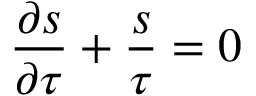
\frac { \partial s } { \partial \tau } + \frac { s } { \tau } = 0